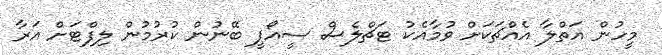
މީހުން އަތްލާ އެއްޗަކަށް ވުމާއެކު ޓަޗްލެސް ސީއޯޕީ ބޭނުން ކުރުމުން ލިފްޓަށް އަރާ